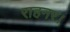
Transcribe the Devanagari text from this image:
राहनर।